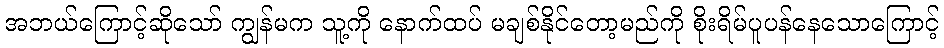
အဘယ်ကြောင့်ဆိုသော် ကျွန်မက သူ့ကို နောက်ထပ် မချစ်နိုင်တော့မည်ကို စိုးရိမ်ပူပန်နေသောကြောင့်